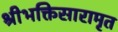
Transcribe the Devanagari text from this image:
श्रीभक्तिसारामृत